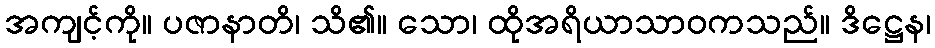
အကျင့်ကို။ ပဇာနာတိ၊ သိ၏။ သော၊ ထိုအရိယာသာဝကသည်။ ဒိဋ္ဌေန၊